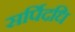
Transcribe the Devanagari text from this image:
सर्पिदधि